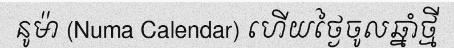
នូម៉ា (Numa Calendar) ហើយថ្ងៃចូលឆ្នាំថ្មី